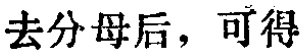
去分母后，可得